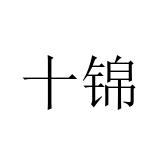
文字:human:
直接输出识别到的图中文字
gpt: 十锦